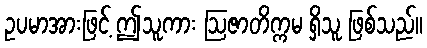
ဥပမာအားဖြင့် ဤသူကား ဩဇာတိက္ကမ ရှိသူ ဖြစ်သည်။